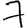
Digit: 7